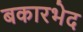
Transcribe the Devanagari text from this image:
बकारभेद